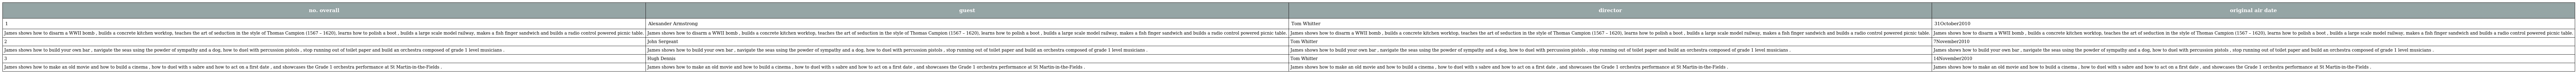
| no. overall | guest | director | original air date |
 | --- | --- | --- | --- |
 | 1 | Alexander Armstrong | Tom Whitter | 31October2010 |
 | James shows how to disarm a WWII bomb , builds a concrete kitchen worktop, teaches the art of seduction in the style of Thomas Campion (1567 – 1620), learns how to polish a boot , builds a large scale model railway, makes a fish finger sandwich and builds a radio control powered picnic table. | James shows how to disarm a WWII bomb , builds a concrete kitchen worktop, teaches the art of seduction in the style of Thomas Campion (1567 – 1620), learns how to polish a boot , builds a large scale model railway, makes a fish finger sandwich and builds a radio control powered picnic table. | James shows how to disarm a WWII bomb , builds a concrete kitchen worktop, teaches the art of seduction in the style of Thomas Campion (1567 – 1620), learns how to polish a boot , builds a large scale model railway, makes a fish finger sandwich and builds a radio control powered picnic table. | James shows how to disarm a WWII bomb , builds a concrete kitchen worktop, teaches the art of seduction in the style of Thomas Campion (1567 – 1620), learns how to polish a boot , builds a large scale model railway, makes a fish finger sandwich and builds a radio control powered picnic table. |
 | 2 | John Sergeant | Tom Whitter | 7November2010 |
 | James shows how to build your own bar , navigate the seas using the powder of sympathy and a dog, how to duel with percussion pistols , stop running out of toilet paper and build an orchestra composed of grade 1 level musicians . | James shows how to build your own bar , navigate the seas using the powder of sympathy and a dog, how to duel with percussion pistols , stop running out of toilet paper and build an orchestra composed of grade 1 level musicians . | James shows how to build your own bar , navigate the seas using the powder of sympathy and a dog, how to duel with percussion pistols , stop running out of toilet paper and build an orchestra composed of grade 1 level musicians . | James shows how to build your own bar , navigate the seas using the powder of sympathy and a dog, how to duel with percussion pistols , stop running out of toilet paper and build an orchestra composed of grade 1 level musicians . |
 | 3 | Hugh Dennis | Tom Whitter | 14November2010 |
 | James shows how to make an old movie and how to build a cinema , how to duel with s sabre and how to act on a first date , and showcases the Grade 1 orchestra performance at St Martin-in-the-Fields . | James shows how to make an old movie and how to build a cinema , how to duel with s sabre and how to act on a first date , and showcases the Grade 1 orchestra performance at St Martin-in-the-Fields . | James shows how to make an old movie and how to build a cinema , how to duel with s sabre and how to act on a first date , and showcases the Grade 1 orchestra performance at St Martin-in-the-Fields . | James shows how to make an old movie and how to build a cinema , how to duel with s sabre and how to act on a first date , and showcases the Grade 1 orchestra performance at St Martin-in-the-Fields . |